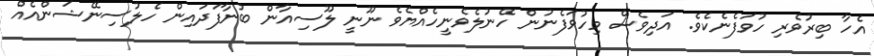
އެހާ ބިރުވެރި ހުވަފެނެކެވެ. އަދިވެސް މިހުވަފެނުން ހޭނުލެވެނީހެއްޔެވެ ނޫނީ ލޫސިއާން ބުނާފަދައިން ހެލުސިނޭޝަންއެއް